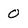
Character: 0